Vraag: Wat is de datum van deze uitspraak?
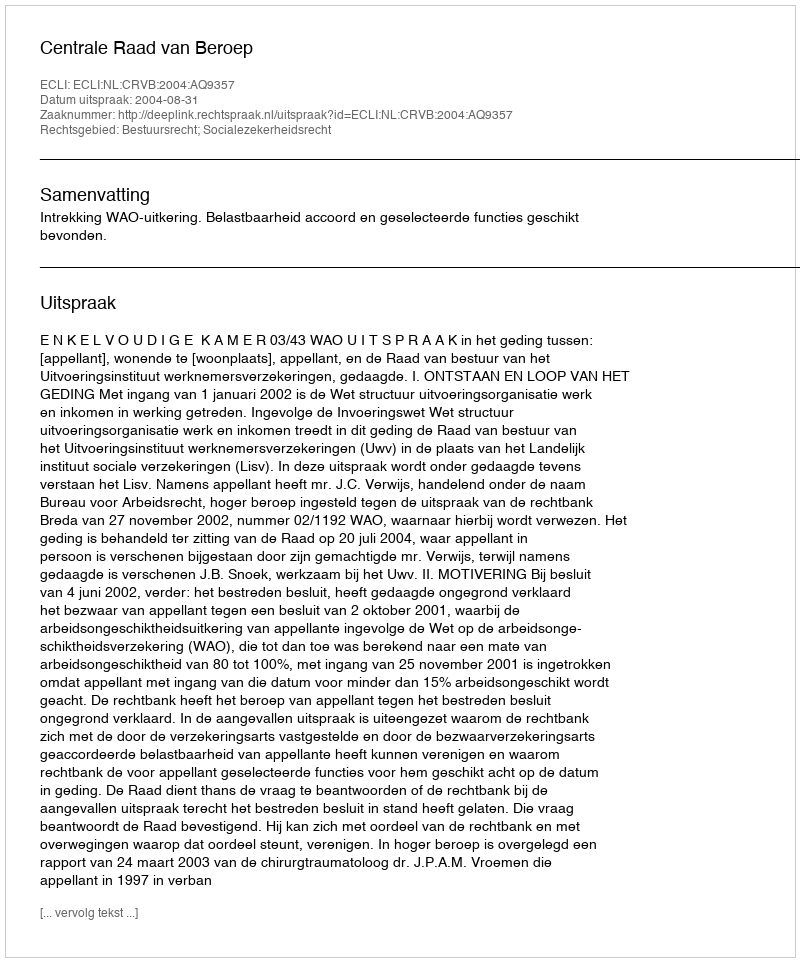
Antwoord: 2004-08-31